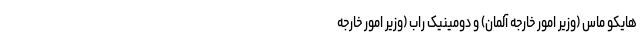
هایکو ماس (وزیر امور خارجه آلمان) و دومینیک راب (وزیر امور خارجه